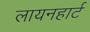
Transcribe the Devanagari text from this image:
लायनहार्ट